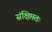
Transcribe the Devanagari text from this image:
संक्षिप्ततः